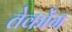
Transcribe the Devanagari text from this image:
तेकोंग